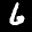
Label: 6